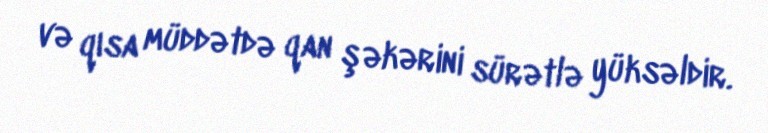
və qısa müddətdə qan şəkərini sürətlə yüksəldir.